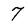
Character: 7